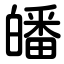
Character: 皤